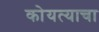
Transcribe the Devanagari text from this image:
कोयत्याचा